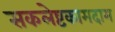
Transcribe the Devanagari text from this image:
सकलेष्टकामदाम